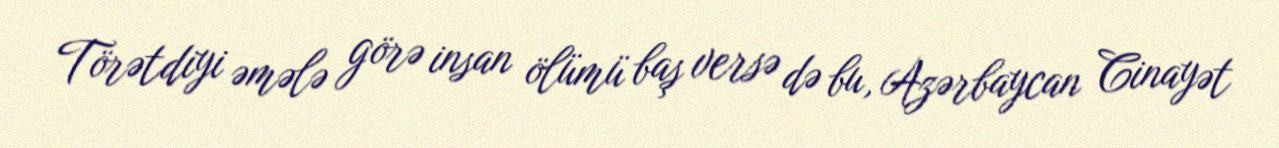
Törətdiyi əmələ görə insan ölümü baş versə də bu, Azərbaycan Cinayət